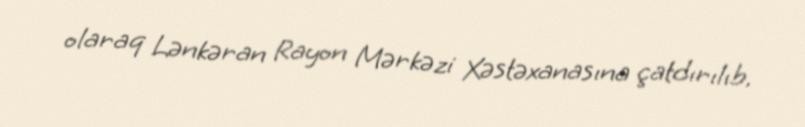
olaraq Lənkəran Rayon Mərkəzi Xəstəxanasına çatdırılıb.